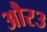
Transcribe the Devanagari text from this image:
और३